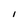
Character: I